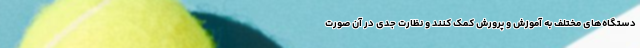
دستگاه‌های مختلف به آموزش و پرورش کمک کنند و نظارت جدی در آن صورت